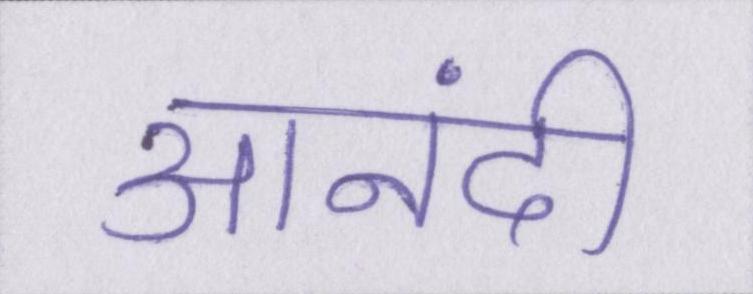
आनंदी